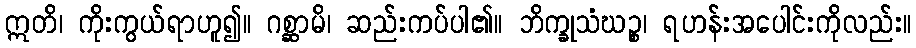
ဣတိ၊ ကိုးကွယ်ရာဟူ၍။ ဂစ္ဆာမိ၊ ဆည်းကပ်ပါ၏။ ဘိက္ခုသံဃဉ္စ၊ ရဟန်းအပေါင်းကိုလည်း။